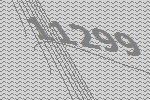
11299